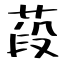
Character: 葮